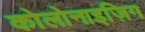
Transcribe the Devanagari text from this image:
कोलोनाइज़िग